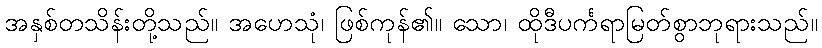
အနှစ်တသိန်းတို့သည်။ အဟေသုံ၊ ဖြစ်ကုန်၏။ သော၊ ထိုဒီပင်္ကရာမြတ်စွာဘုရားသည်။